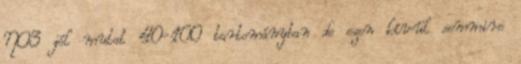
NO3 jól mutat 40-100 tartományban de ezen kívül semmire